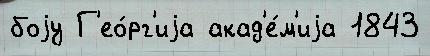
боjу Г'ео́рг'иjа акад'е́м'иjа 1843